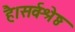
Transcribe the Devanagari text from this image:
है।सर्वश्रेष्ठ